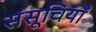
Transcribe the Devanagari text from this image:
संसूचियाँ